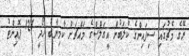
ރޭގެ މެޗުގައި ސިފައިންގެ ކުލަބުން އީގަލްސްގެ މައްޗަށް ކާމިޔާބު ހޯދީ 121 ޕޮއިންޓު